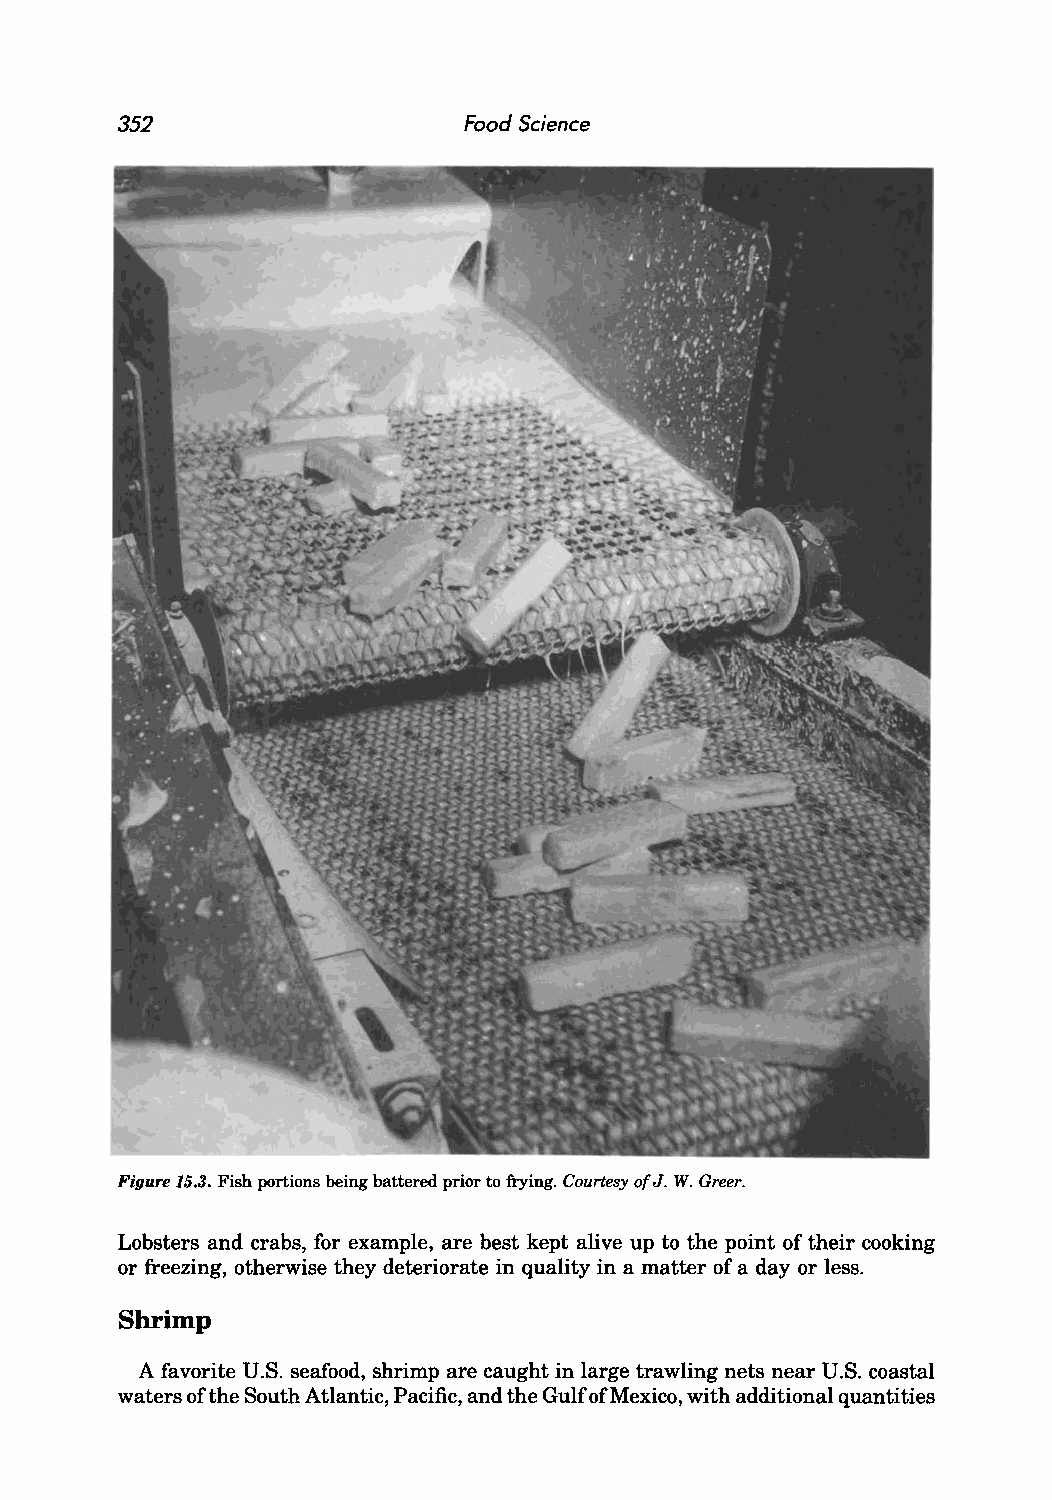
352                    Food Science
 Figure 15.3. Fish portions being battered prior to frying. Courtesy of J. W. Greer.
 Lobsters and crabs, for example, are best kept alive up to the point of their cooking
 or freezing, otherwise they deteriorate in quality in a matter of a day or less.
 Shrimp
 A favorite U.S. seafood, shrimp are caught in large trawling nets near U.S. coastal
 waters of the South Atlantic, Pacific, and the Gulf of Mexico, with additional quantities